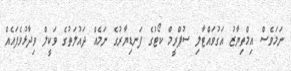
ނަމަވެސް އިމްތިޔާޒު އަގުވައްޓާލި ސުޕްރީމް ކޯޓުގެ ފަނޑިޔާރުގެ ނަމެއް ދައުލަތުގެ ވަކީލް ވިދާޅުވެފައެއް